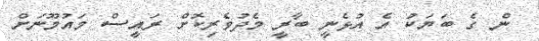
ން ގެ ބަޔަކު އެ އުޅެނީ ބާރީ މެދުވެރިކޮށް ރައީސް މައުމޫނަށް